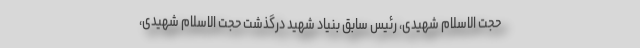
حجت الاسلام شهیدی، رئیس سابق بنیاد شهید درگذشت حجت الاسلام شهیدی،